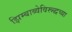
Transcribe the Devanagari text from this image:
झिम्बाब्वेविरूद्धच्या